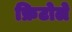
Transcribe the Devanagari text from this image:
फ्रिटोले